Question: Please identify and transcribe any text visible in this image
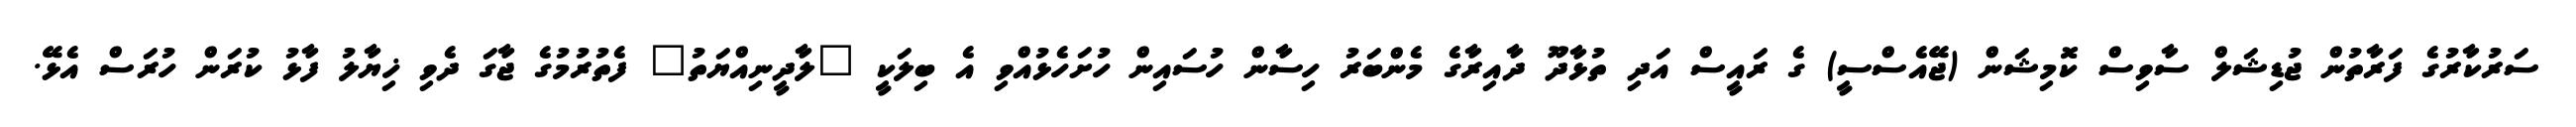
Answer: ސަރުކާރުގެ ފަރާތުން ޖުޑިޝަލް ސާވިސް ކޮމިޝަން (ޖޭއެސްސީ) ގެ ރައީސް އަދި ތުޅާދޫ ދާއިރާގެ މެންބަރު ހިސާން ހުސައިން ހުށަހެޅުއްވި އެ ބިލަކީ "ލާދީނިއްޔަތު" ފެތުރުމުގެ ޖާގަ ދެވި ޚިޔާލު ފާޅު ކުރަން ހުރަސް އެޅޭ.